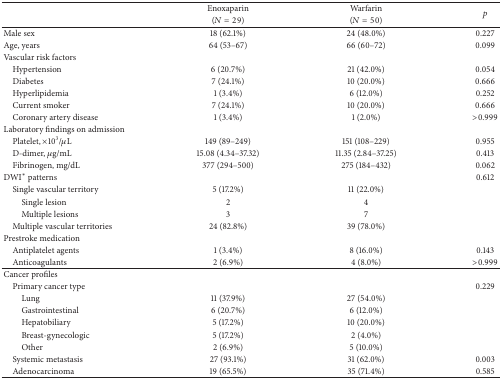
|  | Enoxaparin | Warfarin | <ROWSPAN=2> p |
 |  | (N = 29) | (N = 50) |
 | --- | --- | --- | --- |
 | Male sex | 18 (62.1%) | 24 (48.0%) | 0.227 |
 | Age, years | 64 (53–67) | 66 (60–72) | 0.099 |
 | Vascular risk factors |  |  |  |
 | Hypertension | 6 (20.7%) | 21 (42.0%) | 0.054 |
 | Diabetes | 7 (24.1%) | 10 (20.0%) | 0.666 |
 | Hyperlipidemia | 1 (3.4%) | 6 (12.0%) | 0.252 |
 | Current smoker | 7 (24.1%) | 10 (20.0%) | 0.666 |
 | Coronary artery disease | 1 (3.4%) | 1 (2.0%) | >0.999 |
 | Laboratory findings on admission |  |  |  |
 | Platelet, ×103/μL | 149 (89–249) | 151 (108–229) | 0.955 |
 | D-dimer, μg/mL | 15.08 (4.34–37.32) | 11.35 (2.84–37.25) | 0.413 |
 | Fibrinogen, mg/dL | 377 (294–500) | 275 (184–432) | 0.062 |
 | DWI∗ patterns |  |  | 0.612 |
 | Single vascular territory | 5 (17.2%) | 11 (22.0%) |  |
 | Single lesion | 2 | 4 |  |
 | Multiple lesions | 3 | 7 |  |
 | Multiple vascular territories | 24 (82.8%) | 39 (78.0%) |  |
 | Prestroke medication |  |  |  |
 | Antiplatelet agents | 1 (3.4%) | 8 (16.0%) | 0.143 |
 | Anticoagulants | 2 (6.9%) | 4 (8.0%) | >0.999 |
 | Cancer profiles |  |  |  |
 | Primary cancer type |  |  | 0.229 |
 | Lung | 11 (37.9%) | 27 (54.0%) |  |
 | Gastrointestinal | 6 (20.7%) | 6 (12.0%) |  |
 | Hepatobiliary | 5 (17.2%) | 10 (20.0%) |  |
 | Breast-gynecologic | 5 (17.2%) | 2 (4.0%) |  |
 | Other | 2 (6.9%) | 5 (10.0%) |  |
 | Systemic metastasis | 27 (93.1%) | 31 (62.0%) | 0.003 |
 | Adenocarcinoma | 19 (65.5%) | 35 (71.4%) | 0.585 |